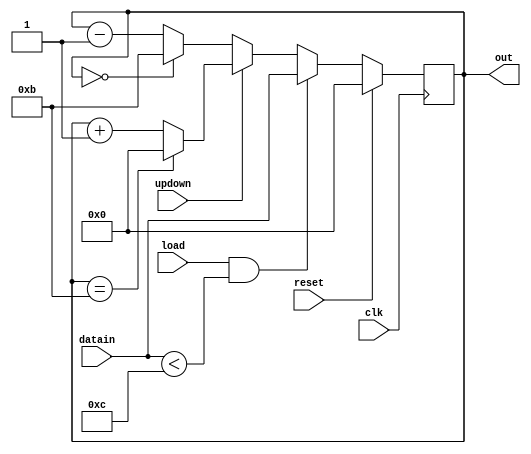
module counter(clk,reset,updown,load,datain,out);
input clk,reset,updown,load;
input [3:0]datain;
output reg [3:0]out;
always@(posedge clk)
begin
if(reset)
out<=0;
else
begin
if(load && datain<4'b1100)
out<=datain;
else
begin
if(updown)
begin
if(out==4'b1011)
out<=4'b0000;
else
out<=out+1;
end
else
begin
if(out==4'b0000)
out<=4'b1011;
else
out<=out-1;
end
end
end
end
endmodule